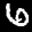
Label: 6